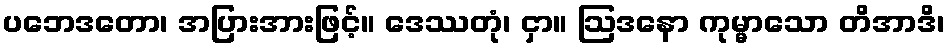
ပဘေဒတော၊ အပြားအားဖြင့်။ ဒေဿတုံ၊ ငှာ။ ဩဒနော ကုမ္မာသော တိအာဒိ၊